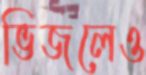
ভিজলেও